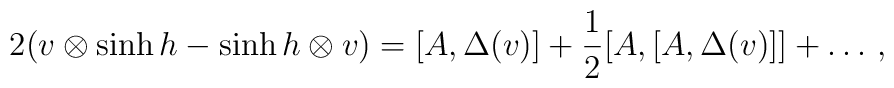
2(v\otimes \sinh h-\sinh h\otimes v)=[A,\Delta(v)]+\frac{1}{2}[A,[A,\Delta(v)]]+\ldots \,,